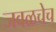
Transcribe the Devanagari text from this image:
जवळचेच